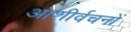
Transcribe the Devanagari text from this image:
आशीर्वचनों